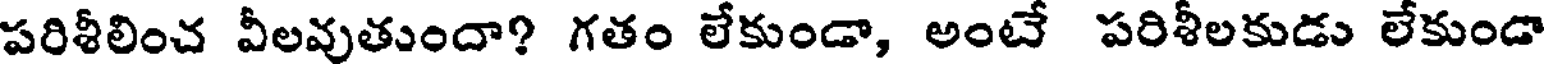
పరిశీలించ వీలవుతుందా? గతం లేకుండా, అంటే పరిశీలకుడు లేకుండా